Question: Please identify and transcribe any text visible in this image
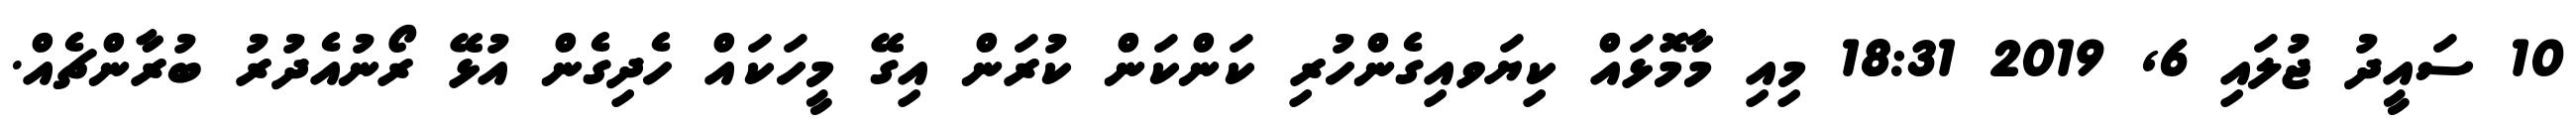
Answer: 10 ސައީދު ޖުލައި 6, 2019 18:31 މިއި މާމޮޅައް ކިޔަވއިގެންހުރި ކަންކަން ކުރަން އިގޭ މީހަކައް ހެދިގެން އުޅޭ ރޯނުއެދުރު ބުރާންޗެއް.